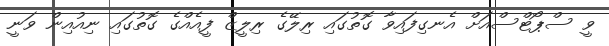
ވީ ސްޕޯޓްސްއަށް އެނގިފައިވާ ގޮތުގައި ރިލޭގެ ރިލީޒް ފީއެއްގެ ގޮތުގައި ނިއުއިން ވަނީ